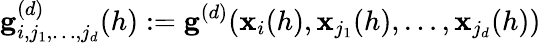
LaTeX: \mathbf{g}_{i,j_{1},\ldots,j_{d}}^{(d)}(h):=\mathbf{g}^{(d)}(\mathbf{x}_{i}(h),\mathbf{x}_{j_{1}}(h),\dots,\mathbf{x}_{j_{d}}(h))